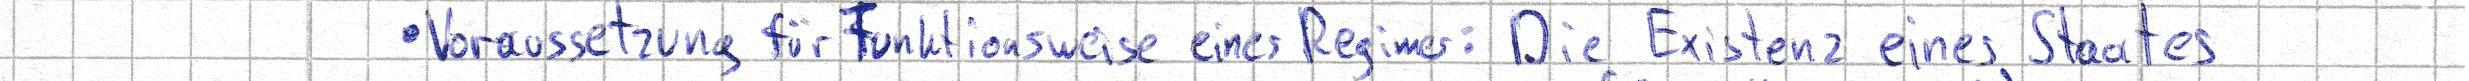
- Voraussetzung für Funktionsweise eines Regimes: Die Existenz eines Staates